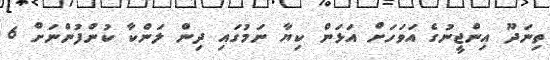
ތިނަދޫ އިންޖީނުގެ އަވަހަށް އަޅަން ކިޔާ ނަމުގައި ދިން ލަންކާ ކުންފުންނަަށް 6